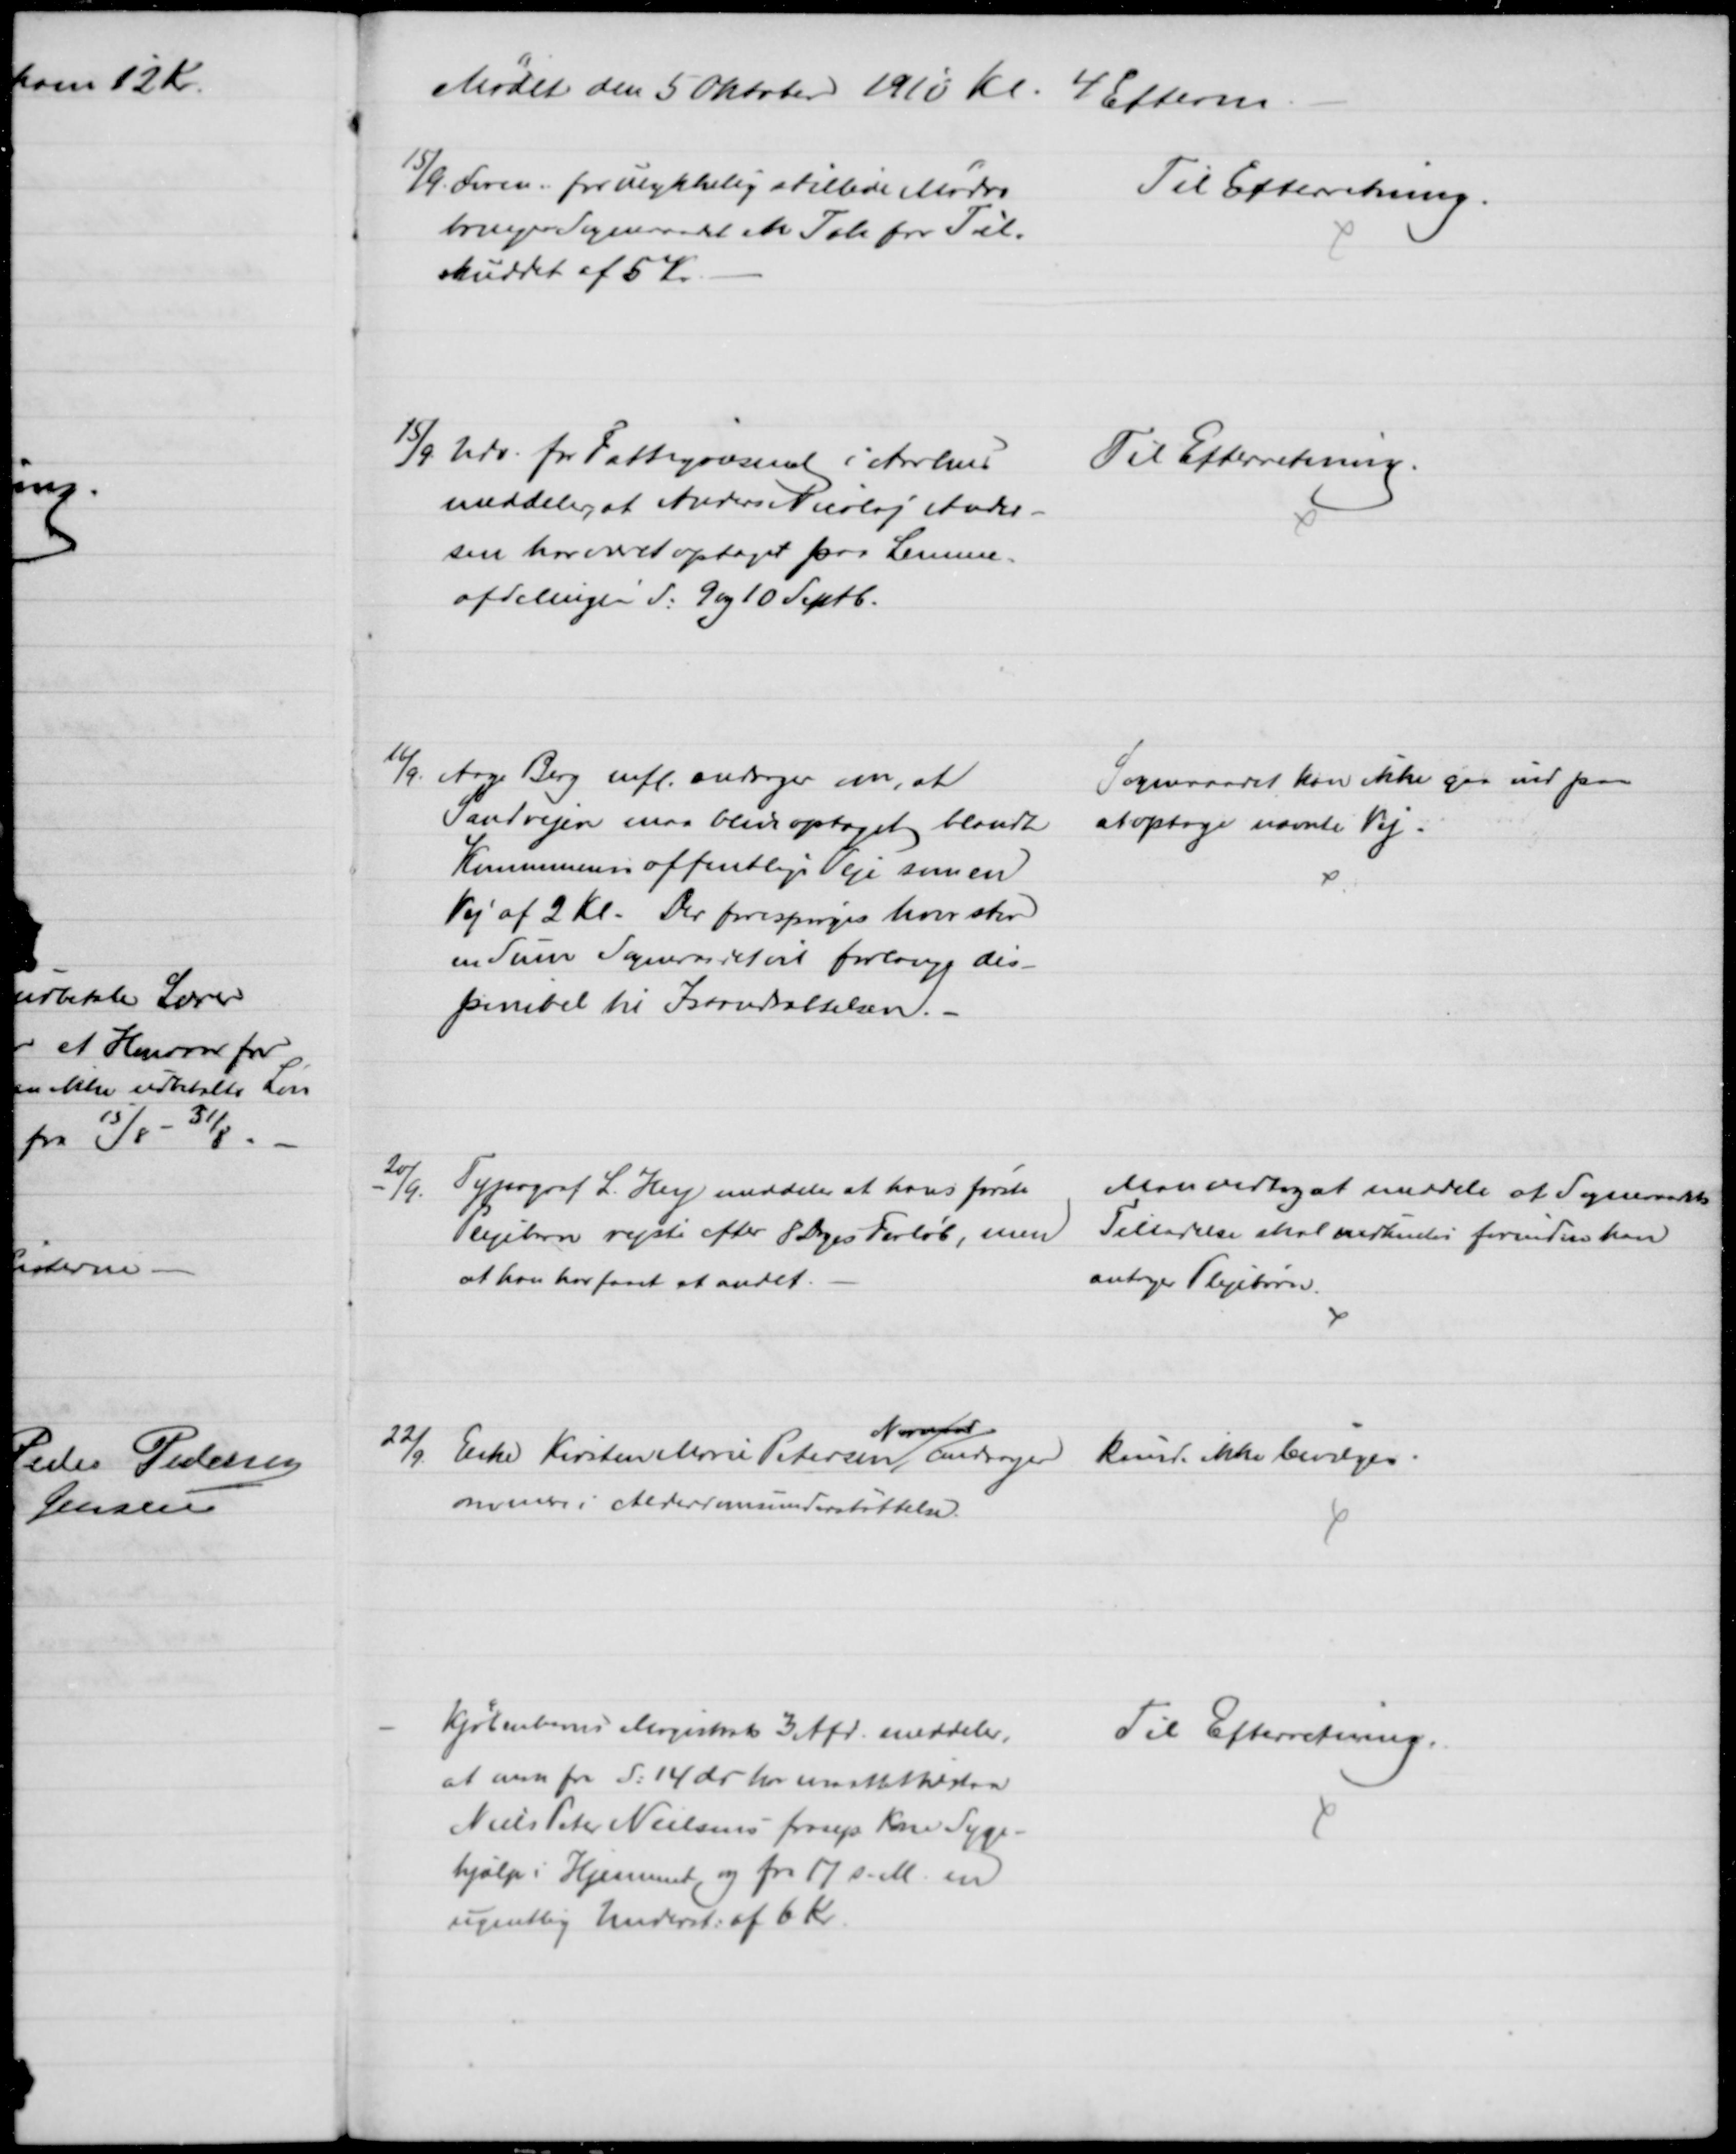
Transskription:
Mødet den 5 Oktober 1910 Kl. 4 Efterm.
15/9. Form. for ulykkelig stillede Mødre
bringer Sogneraadet en Tak for Til-
skuddet af 5 Kr.
Til Efterretning.
15/9 Udv. for Fattigvæsenet i Aarhus
meddeler, at Anders Nicolaj Ander-
sen har været optaget paa Lemme-
afdelingen d: 9 og 10 Septb.
Til Efterretning.
16/9. Aage Berg mfl. andrager om, at
Sandvejen maa blive optaget blandt
Kommunens offentlige Veje som en
Vej af 2 Kl. Der forespørges hvor stor
en Sum Sogneraadet vil forlange dis-
poneret til Istandsættelsen.
Sogneraadet kan ikke gaa ind paa
at optage nævnte Vej.
20/9.
Typograf L. Hey meddeler at hans første
Plejebarn rejste efter 8 Dages Forløb, men
at han har faaet et andet.
Man vedtog at meddele at Sogneraadets
Tilladelse skal vedkendes forinden han
antager Plejebørn.
22/9. Enke Kirsten Marie Petersen
Normand
andrager 
om mere i Alderdomsunderstøttelse.
kunde ikke bevilges
Kjøbenhavns Magistrats 3 Afd. meddeler,
at man fra d: 14 ds har maattet tilstaa
Niels Peter Nielsens frasep Kone Syge-
hjælp i Hjemmet og fra 17 s. M. en
ugentlig Underst. af 6 Kr.
Til Efterretning.